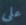
على